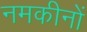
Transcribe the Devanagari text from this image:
नमकीनों